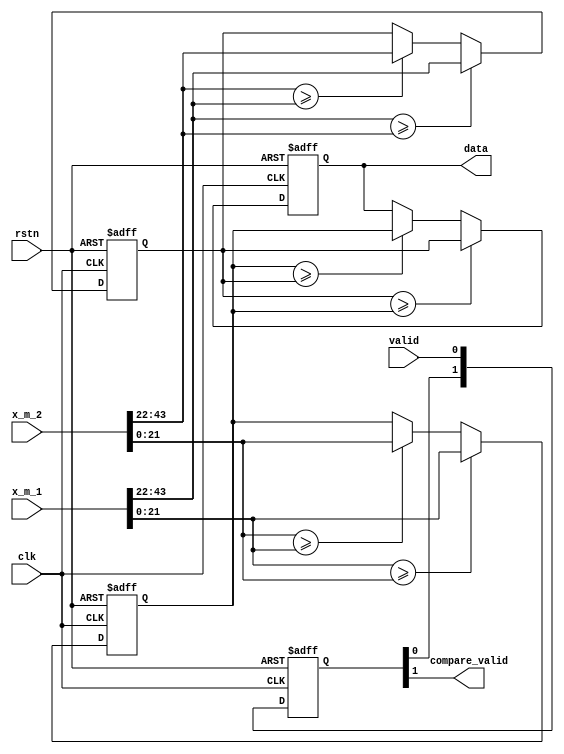
module compare (
    input clk,
    input rstn,
    input  valid,
    input  [43:0]  x_m_1,
    input  [43:0]  x_m_2, 
    output compare_valid, 
    output signed [21:0]  data   
);
    wire  signed [21:0]  x_1_1,x_1_2;//
    wire  signed [21:0]  x_2_1,x_2_2;

    assign x_2_1 = x_m_1[21:0];
    assign x_1_1 = x_m_1[43:22];

    assign x_2_2 = x_m_2[21:0];
    assign x_1_2 = x_m_2[43:22];

    reg signed [21:0] reg_data_1;
    reg signed [21:0] reg_data_2;
    reg signed [21:0] reg_data;

    always @(posedge clk or negedge rstn) begin
        if(rstn == 1'b0)
            reg_data_1<= 0;
        else if(x_1_1 >= x_1_2)
            reg_data_1<= x_1_1;
        else if(x_1_2 >= x_1_1)
            reg_data_1<= x_1_2;  
        else reg_data_1<= reg_data_1;          
    end

    always @(posedge clk or negedge rstn) begin
        if(rstn == 1'b0)
            reg_data_2<= 0;
        else if(x_2_1 >= x_2_2)
            reg_data_2<= x_2_1;
        else if(x_2_2 >= x_2_1)
            reg_data_2<= x_2_2;  
        else reg_data_2<= reg_data_2;          
    end 

    always @(posedge clk or negedge rstn) begin
        if(rstn == 1'b0)
            reg_data<= 0;
        else if(reg_data_1 >= reg_data_2)
            reg_data<= reg_data_1;
        else if(reg_data_2 >= reg_data_1)
            reg_data<= reg_data_2;  
        else reg_data<= reg_data;          
    end  

    reg [1:0] reg_valid;
    always @(posedge clk or negedge rstn) begin
        if(rstn == 1'b0)
            reg_valid<= 0;
        else reg_valid <= {reg_valid[0],valid};
    end     

    assign compare_valid = reg_valid[1];
    assign data = reg_data;



endmodule //compare